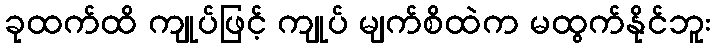
ခုထက်ထိ ကျုပ်ဖြင့် ကျုပ် မျက်စိထဲက မထွက်နိုင်ဘူး